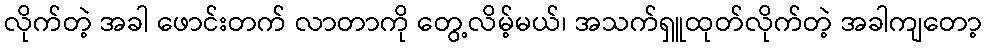
လိုက်တဲ့ အခါ ဖောင်းတက် လာတာကို တွေ့လိမ့်မယ်၊ အသက်ရှူထုတ်လိုက်တဲ့ အခါကျတော့